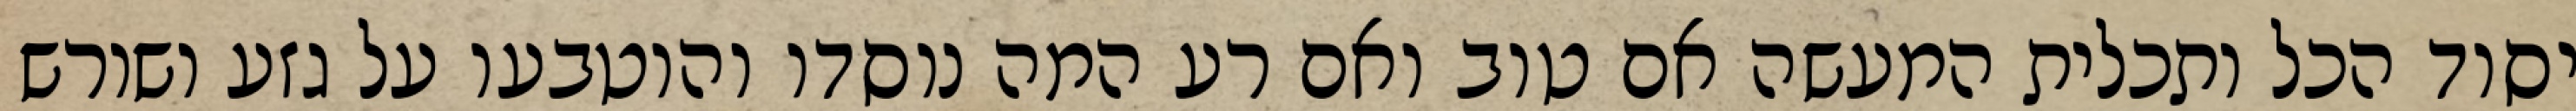
יסוד הכל ותכלית המעשה אם טוב ואם רע המה נוסדו והוטבעו על גזע ושורש